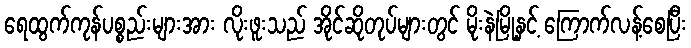
ရေထွက်ကုန်ပစ္စည်းများအား လိုးဖူးသည် အိုင်ဆိုတုပ်များတွင် မိုးနဲမြို့နှင့် ကြောက်လန့်စေပြီး